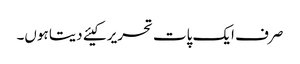
صرف ایک پات تحریر کیئے دیتا ہوں۔